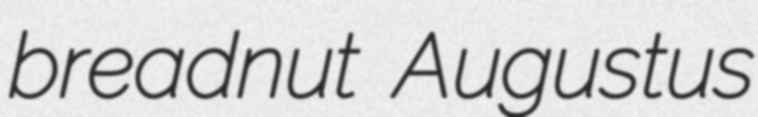
breadnut Augustus